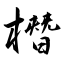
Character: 橬